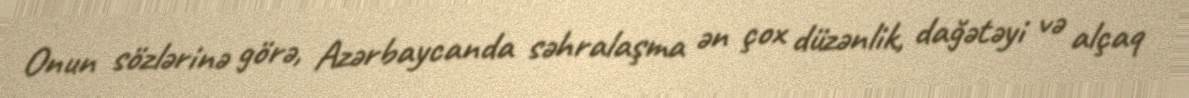
Onun sözlərinə görə, Azərbaycanda səhralaşma ən çox düzənlik, dağətəyi və alçaq